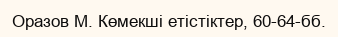
Оразов М. Көмекші етістіктер, 60-64-бб.